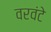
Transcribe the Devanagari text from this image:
वरवंटे